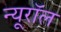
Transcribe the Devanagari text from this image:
न्यूरॉल